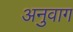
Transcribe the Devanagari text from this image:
अनुवाग